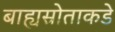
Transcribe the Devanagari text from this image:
बाह्यस्रोताकडे